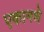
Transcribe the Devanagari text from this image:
एकामधे